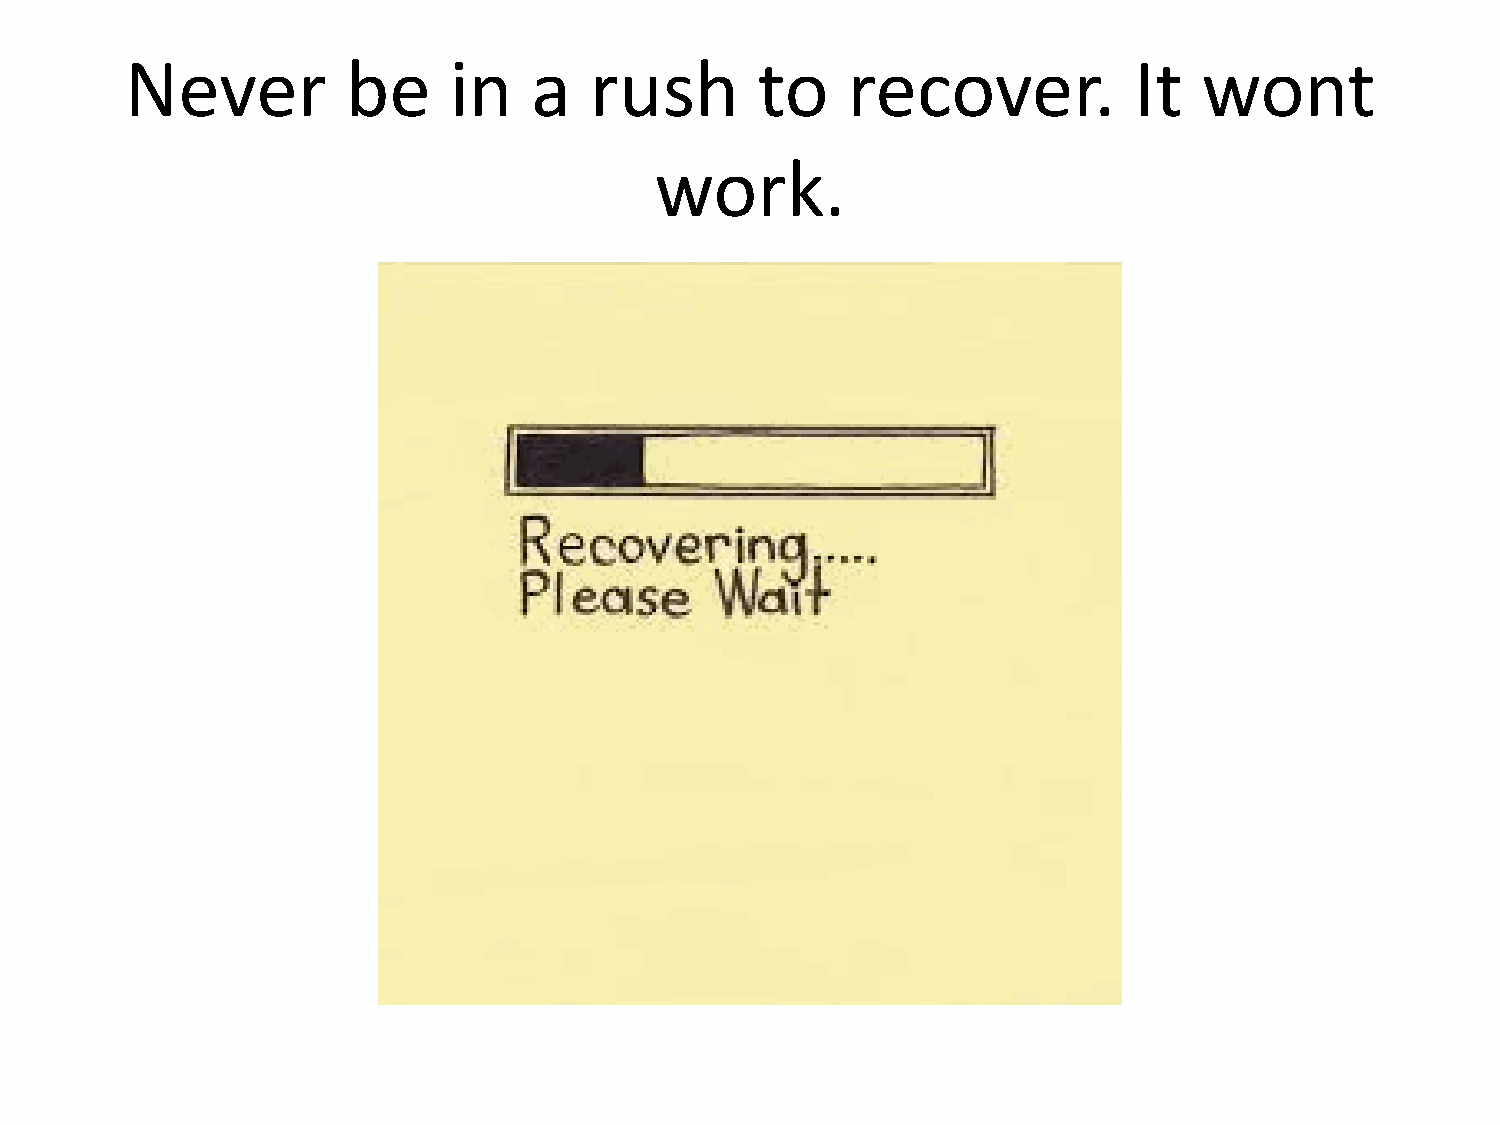
Never          be     in   a   rush       to    recover.           It   wont
 work.